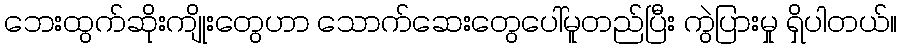
ဘေးထွက်ဆိုးကျိုးတွေဟာ သောက်ဆေးတွေပေါ်မူတည်ပြီး ကွဲပြားမှု ရှိပါတယ်။